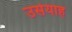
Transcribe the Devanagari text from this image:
उसेयाह